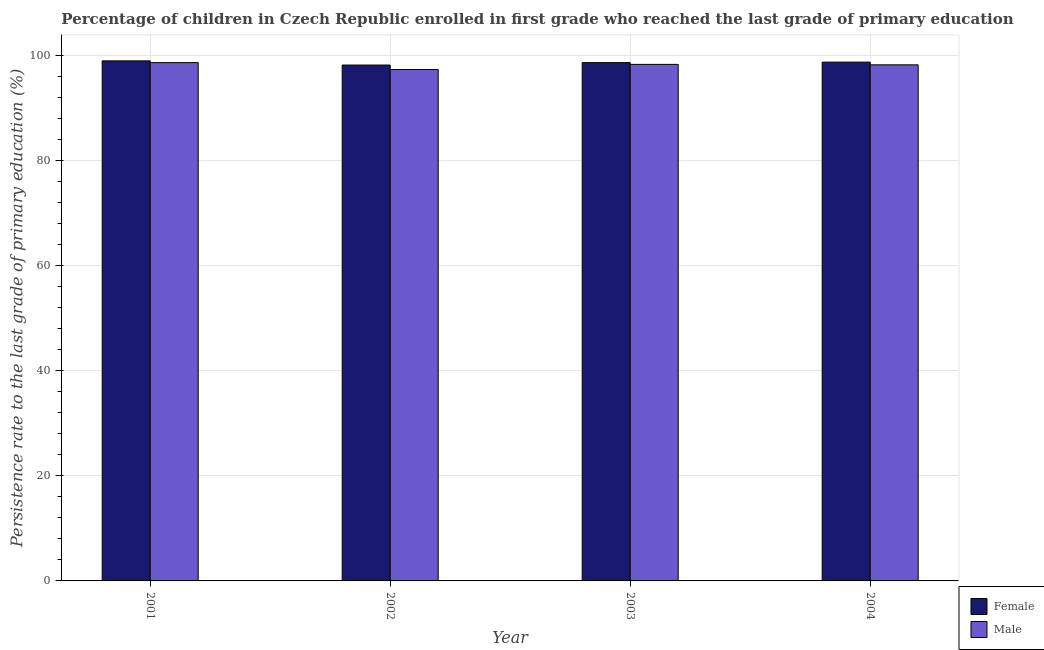
| Year | Female | Male |
 | --- | --- | --- |
 | 2001 | 98.9 | 98.6 |
 | 2002 | 98.1 | 97.3 |
 | 2003 | 98.6 | 98.3 |
 | 2004 | 98.7 | 98.2 |